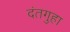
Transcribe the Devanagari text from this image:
दंतगुहा